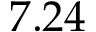
7 . 2 4